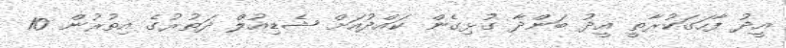
އީދު ފާހަގަކުރާތީ އީދު ބަންދާ ގުޅިގެން ކައްދުއަށް ޝެޑިއުލް ދަތުރުގެ އިތުރުން 10